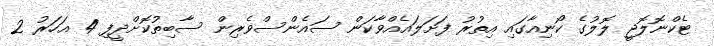
ޓެކްނޮލޮޖީ ލޮލުގެ ކޯނިއާގައި އިތުރު ފަށަލައެއްވާކަން ސައެންސްވެރިން ސާބިތުކޮށްދީފި 4 އަހަރު 2